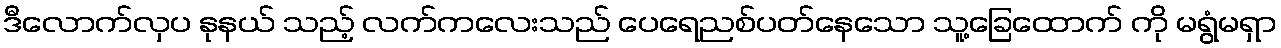
ဒီလောက်လှပ နုနယ် သည့် လက်ကလေးသည် ပေရေညစ်ပတ်နေသော သူ့ခြေထောက် ကို မရွံမရှာ